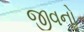
જીવનો